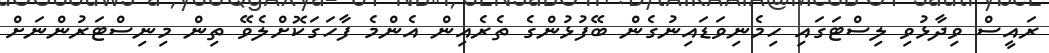
ރައީސް ވިދާޅުވި ލިސްޓަގައި ހިމެނިވަޑައިނުގެން ބޭފުުޅުންގެ ތެރެއިން އެންމެ ފާހަގަކޮށްލެވޭ ތިން މިނިސްޓަރުންނަށް